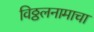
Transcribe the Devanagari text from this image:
विठ्ठलनामाचा